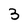
Character: 3